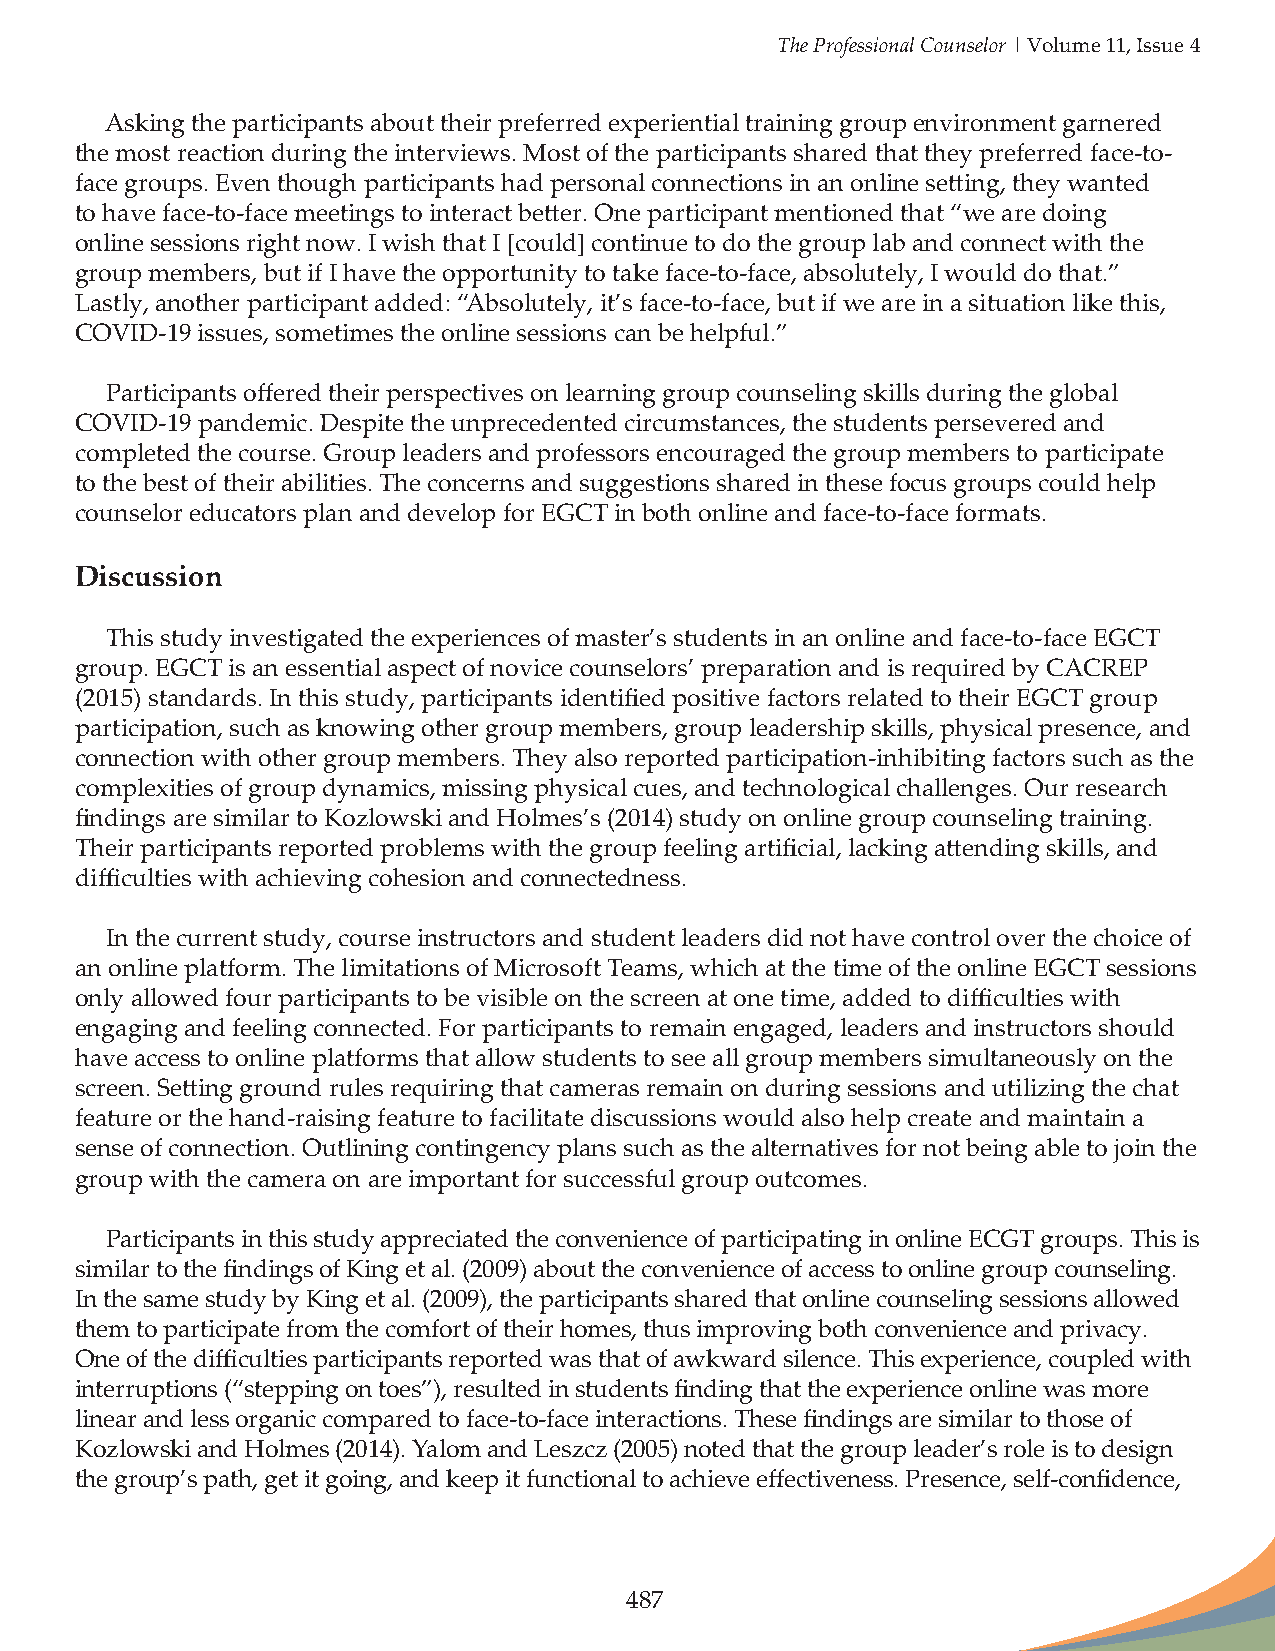
The Professional Counselor | Volume 11, Issue 4
 Asking the participants about their preferred experiential training group environment garnered
 the most reaction during the interviews. Most of the participants shared that they preferred face-to-
 face groups. Even though participants had personal connections in an online setting, they wanted
 to have face-to-face meetings to interact better. One participant mentioned that “we are doing
 online sessions right now. I wish that I [could] continue to do the group lab and connect with the
 group members, but if I have the opportunity to take face-to-face, absolutely, I would do that.”
 Lastly, another participant added: “Absolutely, it’s face-to-face, but if we are in a situation like this,
 COVID-19 issues, sometimes the online sessions can be helpful.”
 Participants offered their perspectives on learning group counseling skills during the global
 COVID-19 pandemic. Despite the unprecedented circumstances, the students persevered and
 completed the course. Group leaders and professors encouraged the group members to participate
 to the best of their abilities. The concerns and suggestions shared in these focus groups could help
 counselor educators plan and develop for EGCT in both online and face-to-face formats.
 Discussion
 This study investigated the experiences of master’s students in an online and face-to-face EGCT
 group. EGCT is an essential aspect of novice counselors’ preparation and is required by CACREP
 (2015) standards. In this study, participants identified positive factors related to their EGCT group
 participation, such as knowing other group members, group leadership skills, physical presence, and
 connection with other group members. They also reported participation-inhibiting factors such as the
 complexities of group dynamics, missing physical cues, and technological challenges. Our research
 findings are similar to Kozlowski and Holmes’s (2014) study on online group counseling training.
 Their participants reported problems with the group feeling artificial, lacking attending skills, and
 difficulties with achieving cohesion and connectedness.
 In the current study, course instructors and student leaders did not have control over the choice of
 an online platform. The limitations of Microsoft Teams, which at the time of the online EGCT sessions
 only allowed four participants to be visible on the screen at one time, added to difficulties with
 engaging and feeling connected. For participants to remain engaged, leaders and instructors should
 have access to online platforms that allow students to see all group members simultaneously on the
 screen. Setting ground rules requiring that cameras remain on during sessions and utilizing the chat
 feature or the hand-raising feature to facilitate discussions would also help create and maintain a
 sense of connection. Outlining contingency plans such as the alternatives for not being able to join the
 group with the camera on are important for successful group outcomes.
 Participants in this study appreciated the convenience of participating in online ECGT groups. This is
 similar to the findings of King et al. (2009) about the convenience of access to online group counseling.
 In the same study by King et al. (2009), the participants shared that online counseling sessions allowed
 them to participate from the comfort of their homes, thus improving both convenience and privacy.
 One of the difficulties participants reported was that of awkward silence. This experience, coupled with
 interruptions (“stepping on toes”), resulted in students finding that the experience online was more
 linear and less organic compared to face-to-face interactions. These findings are similar to those of
 Kozlowski and Holmes (2014). Yalom and Leszcz (2005) noted that the group leader’s role is to design
 the group’s path, get it going, and keep it functional to achieve effectiveness. Presence, self-confidence,
 487